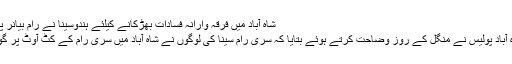
شاہ آباد میں فرقہ وارانہ فسادات بھڑکانے کیلئے ہندوسینا نے رام بیانر پر گوبر پھینکا
گلبرگہ کی شاہ آباد پولیس نے منگل کے روز وضاحت کرتے ہوئے بتایا کہ سری رام سینا کی لوگوں نے شاہ آباد میں سری رام کے کٹ آوٹ پر گوبر پھینکا تھا۔